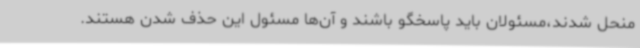
منحل شدند،مسئولان باید پاسخگو باشند و آن‌ها مسئول این حذف شدن هستند.